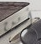
أين